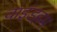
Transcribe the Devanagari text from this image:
वाइंडहम